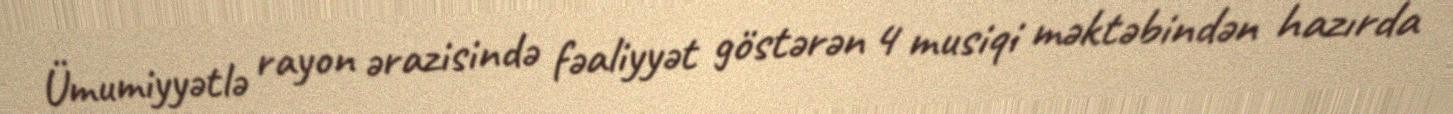
Ümumiyyətlə rayon ərazisində fəaliyyət göstərən 4 musiqi məktəbindən hazırda